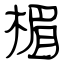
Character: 楣